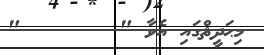
މިޙަދީޘްގައި އެވާ "       "